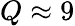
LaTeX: Q\approx 9